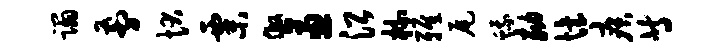
蹋剪状粟做逼沿梳雅尾蛾劾怡疾等